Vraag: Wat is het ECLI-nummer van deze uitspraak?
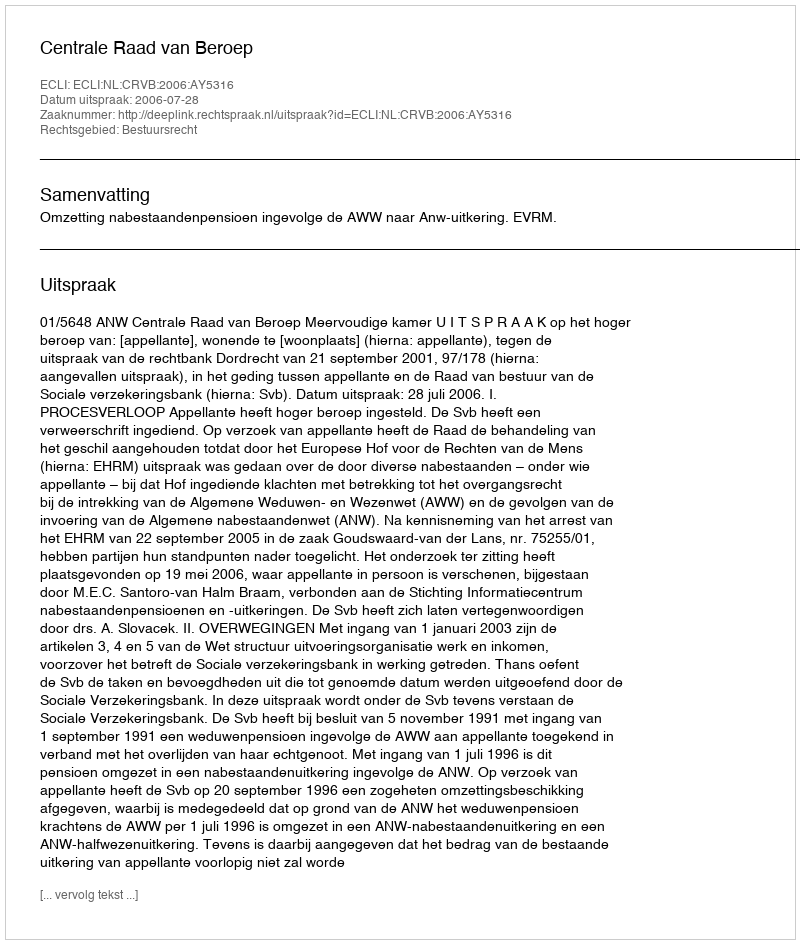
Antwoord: ECLI:NL:CRVB:2006:AY5316